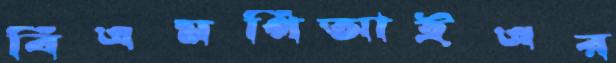
বিএমপিআইএর